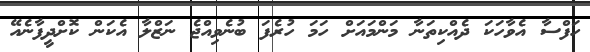
ހަފްސާ އެވާހަކަ ދެއްކިތަނާ މަންމައަށް ހަމަ ހުރެފަ ބުނެވިއްޖެ ނަޒްލާ އެކަން ކޮށްދީފާނެއޭ